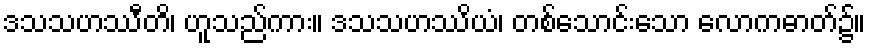
ဒသသဟဿီတိ၊ ဟူသည်ကား။ ဒသသဟဿိယံ၊ တစ်သောင်းသော လောကဓာတ်၌။